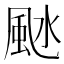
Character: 𩖱